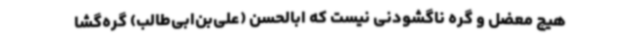
هیچ معضل و گره ناگشودنی نیست که ابالحسن (علی‌بن‌ابی‌طالب) گره‌گشا